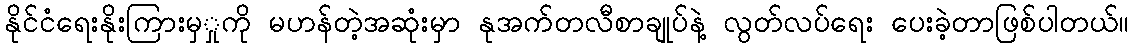
နိုင်ငံရေးနိုးကြားမှှုကို မဟန်တဲ့အဆုံးမှာ နုအက်တလီစာချုပ်နဲ့ လွတ်လပ်ရေး ပေးခဲ့တာဖြစ်ပါတယ်။